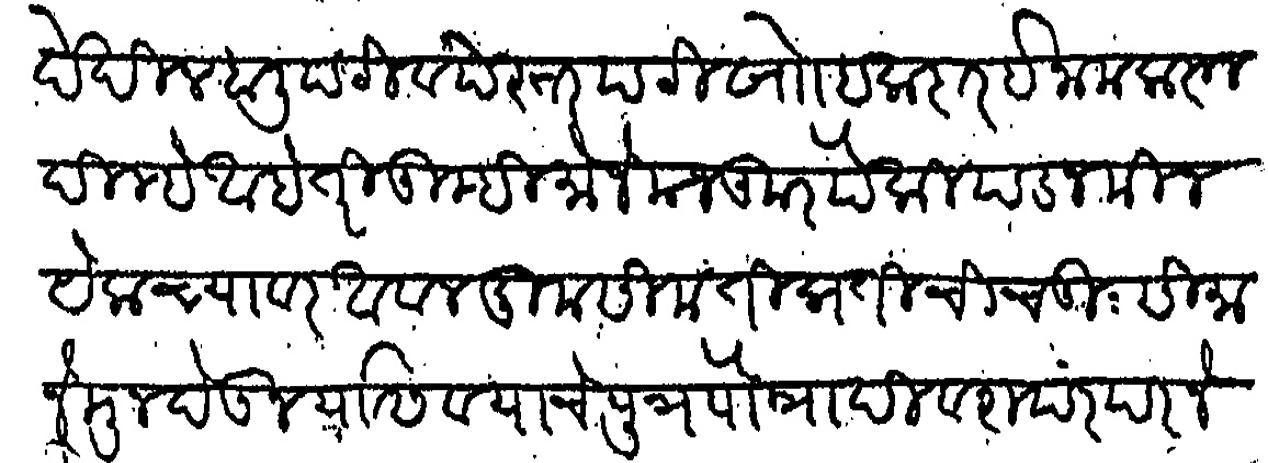
Transliteration (Devanagari): देखील हालीपटी व पेस्तरपटी खेरिज हकदार ईनाम करून दिल्हे आहे तरी तुम्ही मौजे मजकूर पैकी पड जमिन येक च्यावर अवल दुम सीम ती प्रतीची चतुसीमा नेमून देऊन यास व याचे पूत्र पौत्रादी वंशपरंपरेने